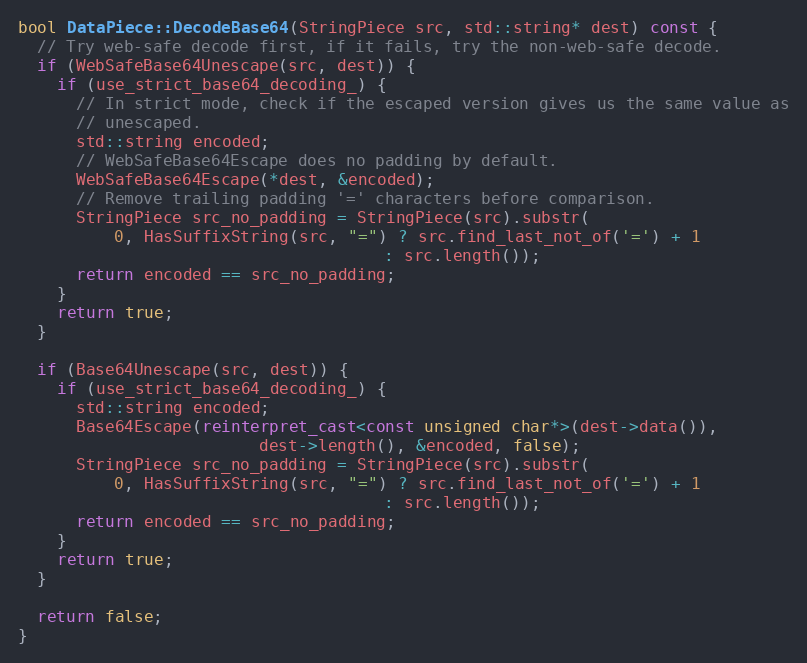
Language: C++
bool DataPiece::DecodeBase64(StringPiece src, std::string* dest) const {
  // Try web-safe decode first, if it fails, try the non-web-safe decode.
  if (WebSafeBase64Unescape(src, dest)) {
    if (use_strict_base64_decoding_) {
      // In strict mode, check if the escaped version gives us the same value as
      // unescaped.
      std::string encoded;
      // WebSafeBase64Escape does no padding by default.
      WebSafeBase64Escape(*dest, &encoded);
      // Remove trailing padding '=' characters before comparison.
      StringPiece src_no_padding = StringPiece(src).substr(
          0, HasSuffixString(src, "=") ? src.find_last_not_of('=') + 1
                                      : src.length());
      return encoded == src_no_padding;
    }
    return true;
  }

  if (Base64Unescape(src, dest)) {
    if (use_strict_base64_decoding_) {
      std::string encoded;
      Base64Escape(reinterpret_cast<const unsigned char*>(dest->data()),
                         dest->length(), &encoded, false);
      StringPiece src_no_padding = StringPiece(src).substr(
          0, HasSuffixString(src, "=") ? src.find_last_not_of('=') + 1
                                      : src.length());
      return encoded == src_no_padding;
    }
    return true;
  }

  return false;
}